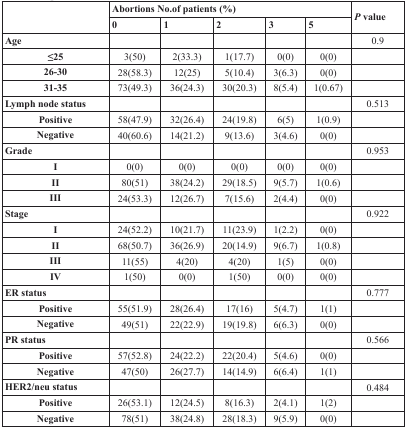
<table><thead><tr><td rowspan="2"></td><td colspan="5"><b>Abortions No.of patients (%)</b></td><td rowspan="2"><b><i>P</i> value</b></td></tr><tr><td><b>0</b></td><td><b>1</b></td><td><b>2</b></td><td><b>3</b></td><td><b>5</b></td></tr></thead><tbody><tr><td><b>Age</b></td><td></td><td></td><td></td><td></td><td></td><td>0.9</td></tr><tr><td><b>≤25</b></td><td>3(50)</td><td>2(33.3)</td><td>1(17.7)</td><td>0(0)</td><td>0(0)</td><td></td></tr><tr><td><b>26-30</b></td><td>28(58.3)</td><td>12(25)</td><td>5(10.4)</td><td>3(6.3)</td><td>0(0)</td><td></td></tr><tr><td><b>31-35</b></td><td>73(49.3)</td><td>36(24.3)</td><td>30(20.3)</td><td>8(5.4)</td><td>1(0.67)</td><td></td></tr><tr><td><b>Lymph node status</b></td><td></td><td></td><td></td><td></td><td></td><td>0.513</td></tr><tr><td><b>Positive</b></td><td>58(47.9)</td><td>32(26.4)</td><td>24(19.8)</td><td>6(5)</td><td>1(0.9)</td><td></td></tr><tr><td><b>Negative</b></td><td>40(60.6)</td><td>14(21.2)</td><td>9(13.6)</td><td>3(4.6)</td><td>0(0)</td><td></td></tr><tr><td><b>Grade</b></td><td></td><td></td><td></td><td></td><td></td><td>0.953</td></tr><tr><td><b>I</b></td><td>0(0)</td><td>0(0)</td><td>0(0)</td><td>0(0)</td><td>0(0)</td><td></td></tr><tr><td><b>II</b></td><td>80(51)</td><td>38(24.2)</td><td>29(18.5)</td><td>9(5.7)</td><td>1(0.6)</td><td></td></tr><tr><td><b>III</b></td><td>24(53.3)</td><td>12(26.7)</td><td>7(15.6)</td><td>2(4.4)</td><td>0(0)</td><td></td></tr><tr><td><b>Stage</b></td><td></td><td></td><td></td><td></td><td></td><td>0.922</td></tr><tr><td><b>I</b></td><td>24(52.2)</td><td>10(21.7)</td><td>11(23.9)</td><td>1(2.2)</td><td>0(0)</td><td></td></tr><tr><td><b>II</b></td><td>68(50.7)</td><td>36(26.9)</td><td>20(14.9)</td><td>9(6.7)</td><td>1(0.8)</td><td></td></tr><tr><td><b>III</b></td><td>11(55)</td><td>4(20)</td><td>4(20)</td><td>1(5)</td><td>0(0)</td><td></td></tr><tr><td><b>IV</b></td><td>1(50)</td><td>0(0)</td><td>1(50)</td><td>0(0)</td><td>0(0)</td><td></td></tr><tr><td><b>ER status</b></td><td></td><td></td><td></td><td></td><td></td><td>0.777</td></tr><tr><td><b>Positive</b></td><td>55(51.9)</td><td>28(26.4)</td><td>17(16)</td><td>5(4.7)</td><td>1(1)</td><td></td></tr><tr><td><b>Negative</b></td><td>49(51)</td><td>22(22.9)</td><td>19(19.8)</td><td>6(6.3)</td><td>0(0)</td><td></td></tr><tr><td><b>PR status</b></td><td></td><td></td><td></td><td></td><td></td><td>0.566</td></tr><tr><td><b>Positive</b></td><td>57(52.8)</td><td>24(22.2)</td><td>22(20.4)</td><td>5(4.6)</td><td>0(0)</td><td></td></tr><tr><td><b>Negative</b></td><td>47(50)</td><td>26(27.7)</td><td>14(14.9)</td><td>6(6.4)</td><td>1(1)</td><td></td></tr><tr><td><b>HER2/neu status</b></td><td></td><td></td><td></td><td></td><td></td><td>0.484</td></tr><tr><td><b>Positive</b></td><td>26(53.1)</td><td>12(24.5)</td><td>8(16.3)</td><td>2(4.1)</td><td>1(2)</td><td></td></tr><tr><td><b>Negative</b></td><td>78(51)</td><td>38(24.8)</td><td>28(18.3)</td><td>9(5.9)</td><td>0(0)</td><td></td></tr></tbody></table>